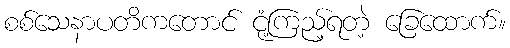
စစ်သေနာပတိကတောင် ငုံ့ကြည့်ရတဲ့ ခြေထောက်။